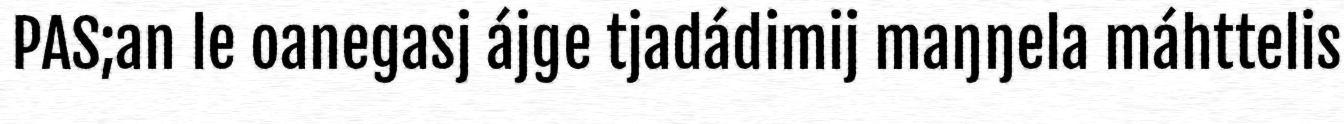
PAS;an le oanegasj ájge tjadádimij maŋŋela máhttelis